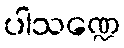
ပါသဏ္ဍေ